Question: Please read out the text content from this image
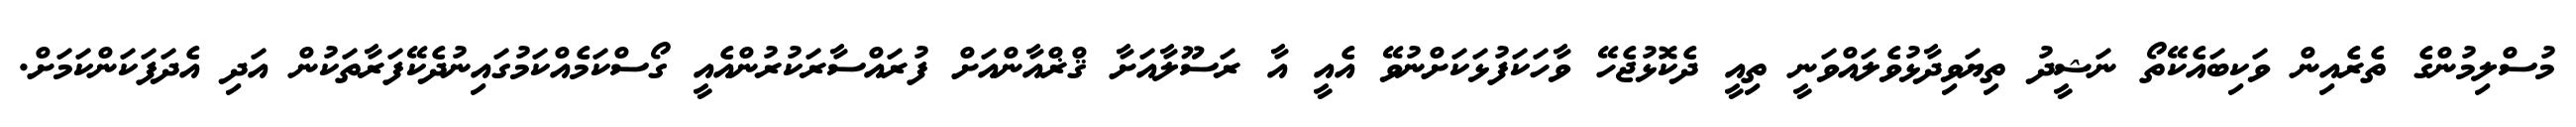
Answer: މުސްލިމުންގެ ތެރެއިން ވަކިބައެކޭތޯ ނަޝީދު ތިޔަވިދާޅުވެލައްވަނީ ތިއީ ދެކޮޅުޖެހޭ ވާހަކަފުޅަކަށްނުވޭ އެއީ އާ ރަސޫލާއަށާ ޤްޜްއާންއަށް ފުރައްސާރަކުރުންއެއީ ގޯސްކަމެއްކަމުގައިނުދެކޭފަރާތަކުން އަދި އެދަފަކަންކަމަށް.